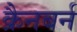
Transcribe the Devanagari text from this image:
क्रैनबर्न